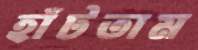
হাঁটতাম